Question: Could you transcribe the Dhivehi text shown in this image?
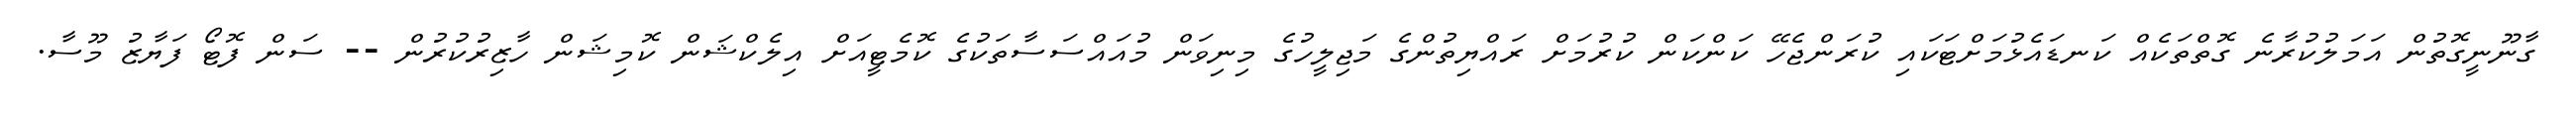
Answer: ގާނޫނީގޮތުން އަމަލުކުރާނެ ގޮތްތަކެއް ކަނޑައެޅުމަށްޓަކައި ކުރަންޖެހޭ ކަންކަން ކުރުމަށް ރައްޔިތުންގެ މަޖިލީހުގެ މިނިވަން މުއައްސަސާތަކުގެ ކޮމެޓީއަށް އިލެކްޝަން ކޮމިޝަން ހާޒިރުކުރުން -- ސަން ފޮޓޯ ފަޔާޒު މޫސާ.